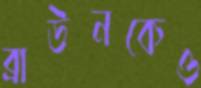
ব্রাউনকেও